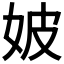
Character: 𡛡